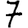
Digit: 7